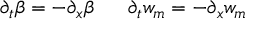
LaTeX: \partial _ { t } \beta = - \partial _ { x } \beta ~ ~ ~ ~ ~ \partial _ { t } w _ { m } = - \partial _ { x } w _ { m }